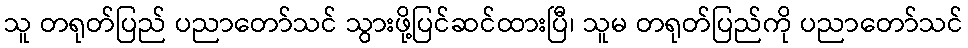
သူ တရုတ်ပြည် ပညာတော်သင် သွားဖို့ပြင်ဆင်ထားပြီ၊ သူမ တရုတ်ပြည်ကို ပညာတော်သင်